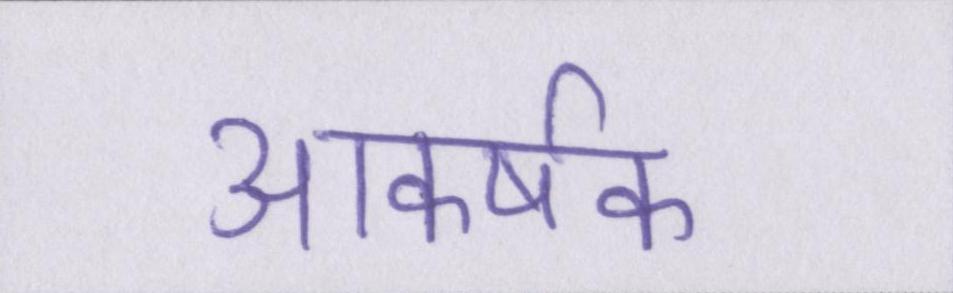
आकर्षक